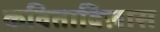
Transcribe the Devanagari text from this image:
कविताविलास